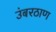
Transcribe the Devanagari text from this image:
उंबरठाण